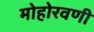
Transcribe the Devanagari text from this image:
मोहोरवणी